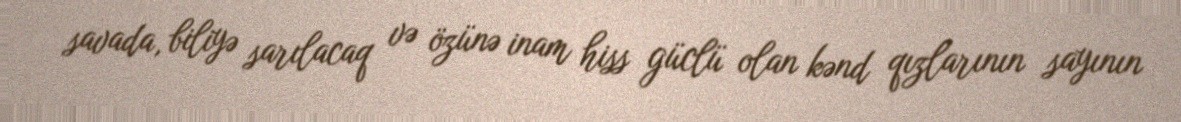
savada, biliyə sarılacaq və özünə inam hiss güclü olan kənd qızlarının sayının